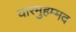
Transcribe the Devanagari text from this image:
यारमुहम्मद